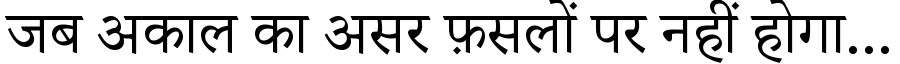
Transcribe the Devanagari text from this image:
जब अकाल का असर फ़सलों पर नहीं होगा...